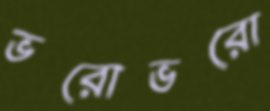
ভরোভরো